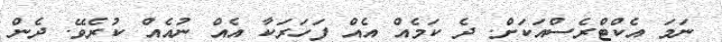
ނަމަ އެކްޓްރެސްއަކަށް. ދެ ކަމެއް އެއް ފަހަރަކާ އެއް ނުއެއް ކުރެވޭ. ދެން